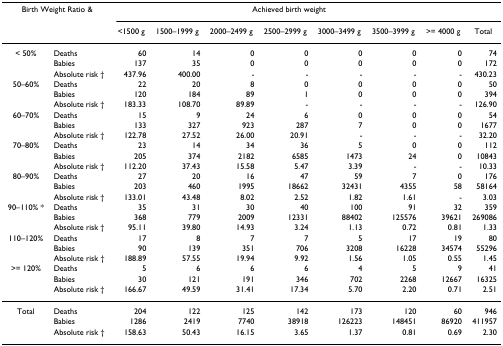
<table><thead><tr><td colspan="2"><b>Birth Weight Ratio &amp;</b></td><td colspan="7"><b>Achieved birth weight</b></td><td></td></tr><tr><td></td><td></td><td><b>&lt;1500 g</b></td><td><b>1500–1999 g</b></td><td><b>2000–2499 g</b></td><td><b>2500–2999 g</b></td><td><b>3000–3499 g</b></td><td><b>3500–3999 g</b></td><td><b>&gt;= 4000 g</b></td><td><b>Total</b></td></tr></thead><tbody><tr><td>&lt; 50%</td><td>Deaths</td><td>60</td><td>14</td><td>0</td><td>0</td><td>0</td><td>0</td><td>0</td><td>74</td></tr><tr><td></td><td>Babies</td><td>137</td><td>35</td><td>0</td><td>0</td><td>0</td><td>0</td><td>0</td><td>172</td></tr><tr><td></td><td>Absolute risk †</td><td>437.96</td><td>400.00</td><td>-</td><td>-</td><td>-</td><td>-</td><td>-</td><td>430.23</td></tr><tr><td>50–60%</td><td>Deaths</td><td>22</td><td>20</td><td>8</td><td>0</td><td>0</td><td>0</td><td>0</td><td>50</td></tr><tr><td></td><td>Babies</td><td>120</td><td>184</td><td>89</td><td>1</td><td>0</td><td>0</td><td>0</td><td>394</td></tr><tr><td></td><td>Absolute risk †</td><td>183.33</td><td>108.70</td><td>89.89</td><td>-</td><td>-</td><td>-</td><td>-</td><td>126.90</td></tr><tr><td>60–70%</td><td>Deaths</td><td>15</td><td>9</td><td>24</td><td>6</td><td>0</td><td>0</td><td>0</td><td>54</td></tr><tr><td></td><td>Babies</td><td>133</td><td>327</td><td>923</td><td>287</td><td>7</td><td>0</td><td>0</td><td>1677</td></tr><tr><td></td><td>Absolute risk †</td><td>122.78</td><td>27.52</td><td>26.00</td><td>20.91</td><td>-</td><td>-</td><td>-</td><td>32.20</td></tr><tr><td>70–80%</td><td>Deaths</td><td>23</td><td>14</td><td>34</td><td>36</td><td>5</td><td>0</td><td>0</td><td>112</td></tr><tr><td></td><td>Babies</td><td>205</td><td>374</td><td>2182</td><td>6585</td><td>1473</td><td>24</td><td>0</td><td>10843</td></tr><tr><td></td><td>Absolute risk †</td><td>112.20</td><td>37.43</td><td>15.58</td><td>5.47</td><td>3.39</td><td>-</td><td>-</td><td>10.33</td></tr><tr><td>80–90%</td><td>Deaths</td><td>27</td><td>20</td><td>16</td><td>47</td><td>59</td><td>7</td><td>0</td><td>176</td></tr><tr><td></td><td>Babies</td><td>203</td><td>460</td><td>1995</td><td>18662</td><td>32431</td><td>4355</td><td>58</td><td>58164</td></tr><tr><td></td><td>Absolute risk †</td><td>133.01</td><td>43.48</td><td>8.02</td><td>2.52</td><td>1.82</td><td>1.61</td><td>-</td><td>3.03</td></tr><tr><td>90–110% *</td><td>Deaths</td><td>35</td><td>31</td><td>30</td><td>40</td><td>100</td><td>91</td><td>32</td><td>359</td></tr><tr><td></td><td>Babies</td><td>368</td><td>779</td><td>2009</td><td>12331</td><td>88402</td><td>125576</td><td>39621</td><td>269086</td></tr><tr><td></td><td>Absolute risk †</td><td>95.11</td><td>39.80</td><td>14.93</td><td>3.24</td><td>1.13</td><td>0.72</td><td>0.81</td><td>1.33</td></tr><tr><td>110–120%</td><td>Deaths</td><td>17</td><td>8</td><td>7</td><td>7</td><td>5</td><td>17</td><td>19</td><td>80</td></tr><tr><td></td><td>Babies</td><td>90</td><td>139</td><td>351</td><td>706</td><td>3208</td><td>16228</td><td>34574</td><td>55296</td></tr><tr><td></td><td>Absolute risk †</td><td>188.89</td><td>57.55</td><td>19.94</td><td>9.92</td><td>1.56</td><td>1.05</td><td>0.55</td><td>1.45</td></tr><tr><td>&gt;= 120%</td><td>Deaths</td><td>5</td><td>6</td><td>6</td><td>6</td><td>4</td><td>5</td><td>9</td><td>41</td></tr><tr><td></td><td>Babies</td><td>30</td><td>121</td><td>191</td><td>346</td><td>702</td><td>2268</td><td>12667</td><td>16325</td></tr><tr><td></td><td>Absolute risk †</td><td>166.67</td><td>49.59</td><td>31.41</td><td>17.34</td><td>5.70</td><td>2.20</td><td>0.71</td><td>2.51</td></tr><tr><td>Total</td><td>Deaths</td><td>204</td><td>122</td><td>125</td><td>142</td><td>173</td><td>120</td><td>60</td><td>946</td></tr><tr><td></td><td>Babies</td><td>1286</td><td>2419</td><td>7740</td><td>38918</td><td>126223</td><td>148451</td><td>86920</td><td>411957</td></tr><tr><td></td><td>Absolute risk †</td><td>158.63</td><td>50.43</td><td>16.15</td><td>3.65</td><td>1.37</td><td>0.81</td><td>0.69</td><td>2.30</td></tr></tbody></table>